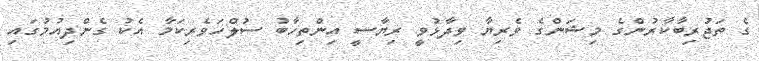
ގެ ތަޖުރިބާކާރުންގެ މިޝަންގެ ވެރިޔާ ވިދާޅުވީ ރިޔާސީ އިންތިހާބު ސުލްހަވެރިކަމާ އެކު ގެންދިއުމުގައި